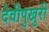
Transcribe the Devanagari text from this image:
देवीपुखुरी